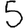
Digit: 5